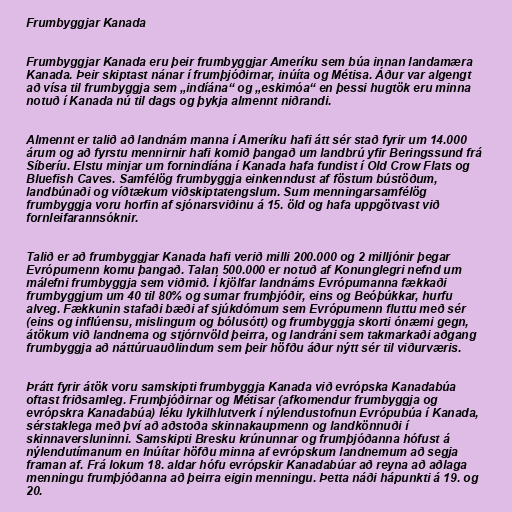
Frumbyggjar Kanada

Frumbyggjar Kanada eru þeir frumbyggjar Ameríku sem búa innan landamæra
Kanada. Þeir skiptast nánar í frumþjóðirnar, inúíta og Métisa. Áður var algengt
að vísa til frumbyggja sem „indíána“ og „eskimóa“ en þessi hugtök eru minna
notuð í Kanada nú til dags og þykja almennt niðrandi.

Almennt er talið að landnám manna í Ameríku hafi átt sér stað fyrir um 14.000
árum og að fyrstu mennirnir hafi komið þangað um landbrú yfir Beringssund frá
Síberíu. Elstu minjar um fornindíána í Kanada hafa fundist í Old Crow Flats og
Bluefish Caves. Samfélög frumbyggja einkenndust af föstum bústöðum,
landbúnaði og víðtækum viðskiptatengslum. Sum menningarsamfélög
frumbyggja voru horfin af sjónarsviðinu á 15. öld og hafa uppgötvast við
fornleifarannsóknir.

Talið er að frumbyggjar Kanada hafi verið milli 200.000 og 2 milljónir þegar
Evrópumenn komu þangað. Talan 500.000 er notuð af Konunglegri nefnd um
málefni frumbyggja sem viðmið. Í kjölfar landnáms Evrópumanna fækkaði
frumbyggjum um 40 til 80% og sumar frumþjóðir, eins og Beóþúkkar, hurfu
alveg. Fækkunin stafaði bæði af sjúkdómum sem Evrópumenn fluttu með sér
(eins og inflúensu, mislingum og bólusótt) og frumbyggja skorti ónæmi gegn,
átökum við landnema og stjórnvöld þeirra, og landráni sem takmarkaði aðgang
frumbyggja að náttúruauðlindum sem þeir höfðu áður nýtt sér til viðurværis.

Þrátt fyrir átök voru samskipti frumbyggja Kanada við evrópska Kanadabúa
oftast friðsamleg. Frumþjóðirnar og Métisar (afkomendur frumbyggja og
evrópskra Kanadabúa) léku lykilhlutverk í nýlendustofnun Evrópubúa í Kanada,
sérstaklega með því að aðstoða skinnakaupmenn og landkönnuði í
skinnaversluninni. Samskipti Bresku krúnunnar og frumþjóðanna hófust á
nýlendutímanum en Inúítar höfðu minna af evrópskum landnemum að segja
framan af. Frá lokum 18. aldar hófu evrópskir Kanadabúar að reyna að aðlaga
menningu frumþjóðanna að þeirra eigin menningu. Þetta náði hápunkti á 19. og
20.